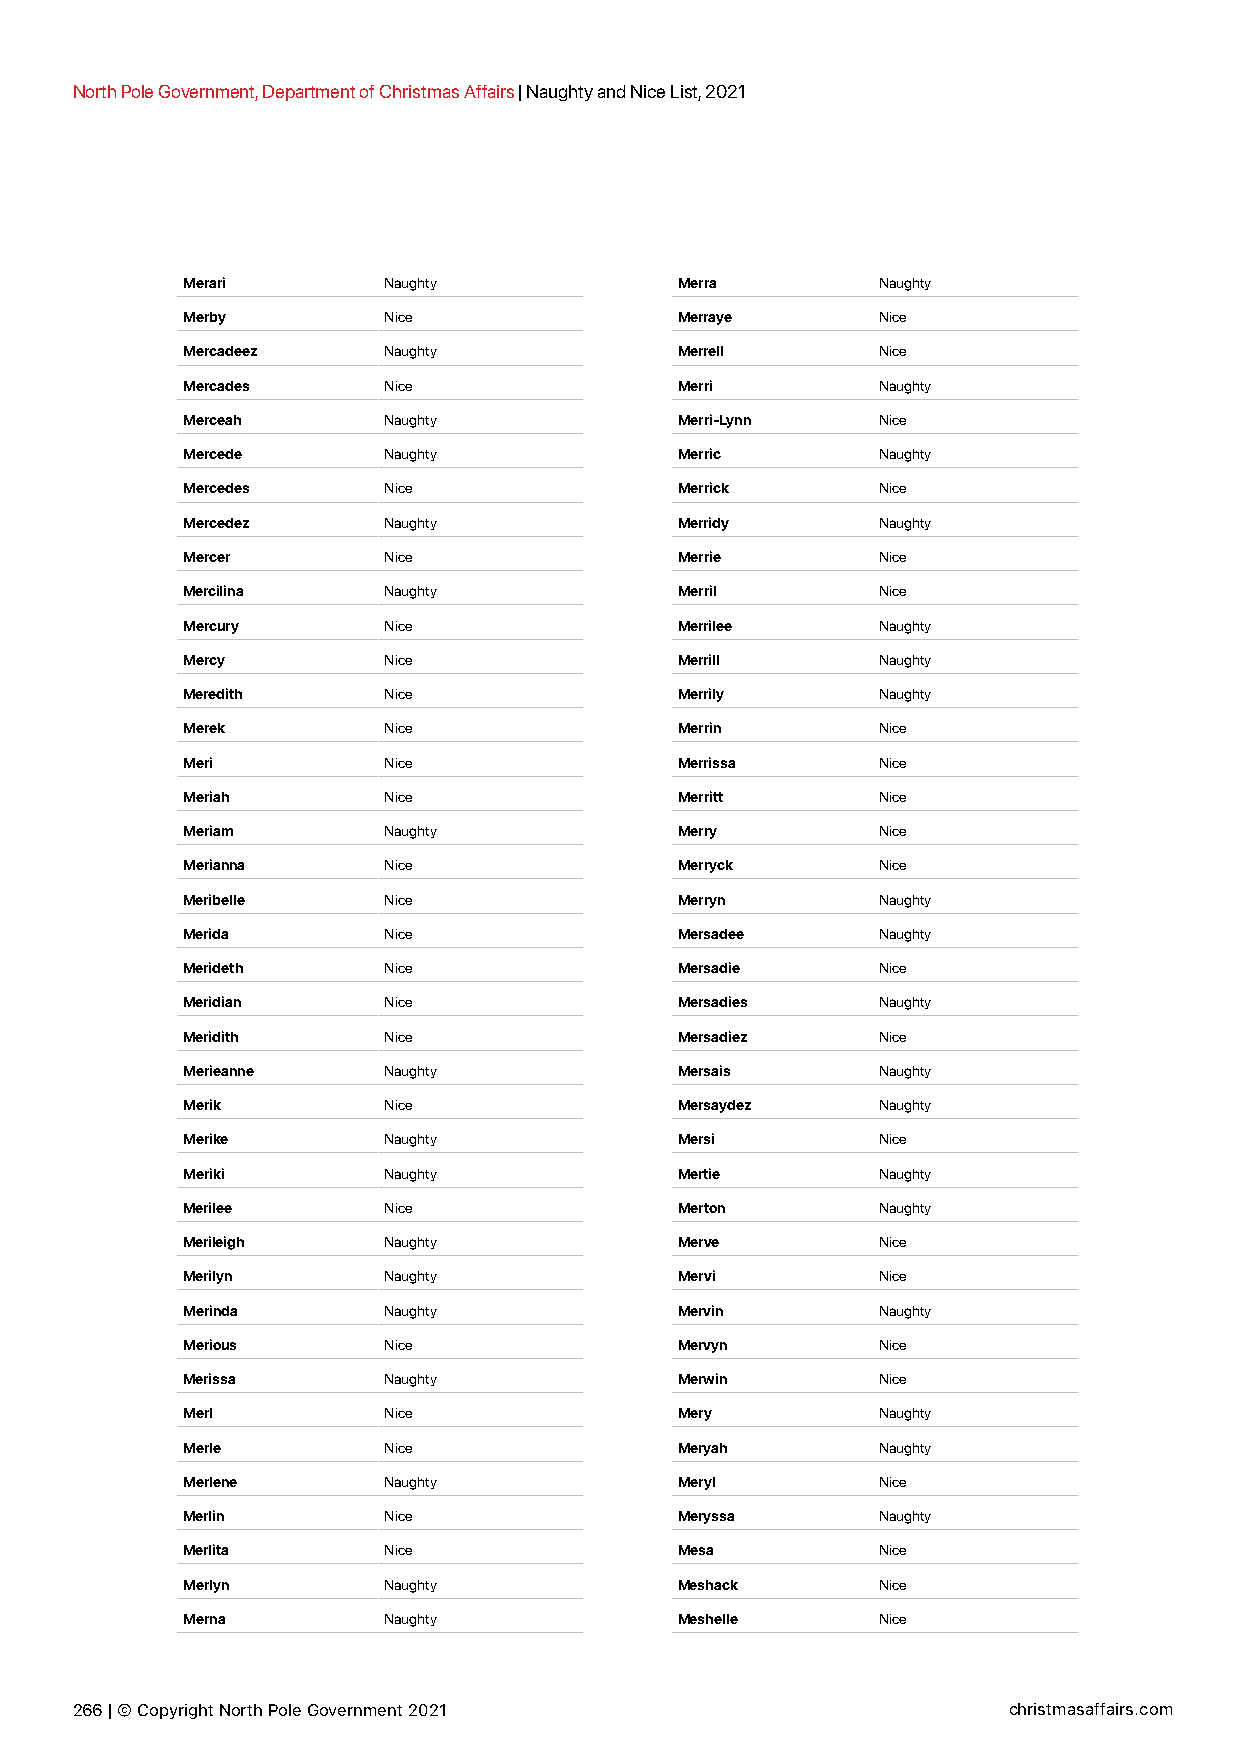
North Pole Government, Department of Christmas Affairs | Naughty and Nice List, 2021
 Merari       Naughty             Merra        Naughty
 Merby        Nice                Merraye      Nice
 Mercadeez    Naughty             Merrell      Nice
 Mercades     Nice                Merri        Naughty
 Merceah      Naughty             Merri-Lynn   Nice
 Mercede      Naughty             Merric       Naughty
 Mercedes     Nice                Merrick      Nice
 Mercedez     Naughty             Merridy      Naughty
 Mercer       Nice                Merrie       Nice
 Mercilina    Naughty             Merril       Nice
 Mercury      Nice                Merrilee     Naughty
 Mercy        Nice                Merrill      Naughty
 Meredith     Nice                Merrily      Naughty
 Merek        Nice                Merrin       Nice
 Meri         Nice                Merrissa     Nice
 Meriah       Nice                Merritt      Nice
 Meriam       Naughty             Merry        Nice
 Merianna     Nice                Merryck      Nice
 Meribelle    Nice                Merryn       Naughty
 Merida       Nice                Mersadee     Naughty
 Merideth     Nice                Mersadie     Nice
 Meridian     Nice                Mersadies    Naughty
 Meridith     Nice                Mersadiez    Nice
 Merieanne    Naughty             Mersais      Naughty
 Merik        Nice                Mersaydez    Naughty
 Merike       Naughty             Mersi        Nice
 Meriki       Naughty             Mertie       Naughty
 Merilee      Nice                Merton       Naughty
 Merileigh    Naughty             Merve        Nice
 Merilyn      Naughty             Mervi        Nice
 Merinda      Naughty             Mervin       Naughty
 Merious      Nice                Mervyn       Nice
 Merissa      Naughty             Merwin       Nice
 Merl         Nice                Mery         Naughty
 Merle        Nice                Meryah       Naughty
 Merlene      Naughty             Meryl        Nice
 Merlin       Nice                Meryssa      Naughty
 Merlita      Nice                Mesa         Nice
 Merlyn       Naughty             Meshack      Nice
 Merna        Naughty             Meshelle     Nice
 266 | © Copyright North Pole Government 2021                  christmasaffairs.com